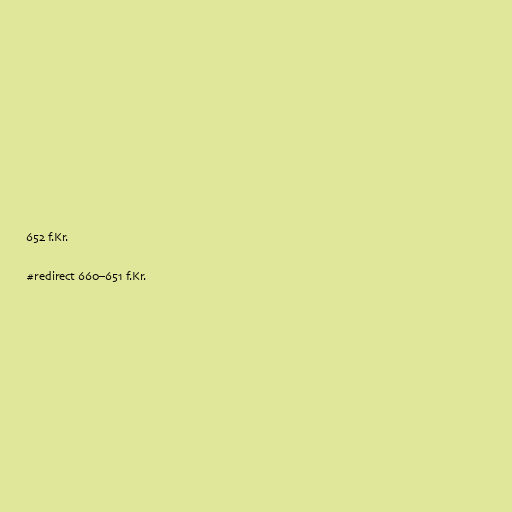
652 f.Kr.

#redirect 660–651 f.Kr.